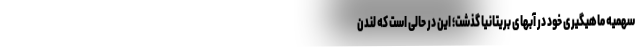
سهمیه ماهیگیری خود در آبهای بریتانیا گذشت؛ این در حالی است که لندن